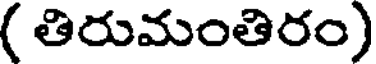
( తిరుమంతిరం)